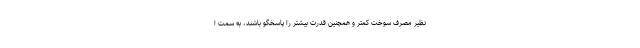
نظیر مصرف سوخت کمتر و همچنین قدرت بیشتر را پاسخگو باشند، به سمت ا